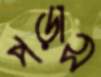
পড়াস